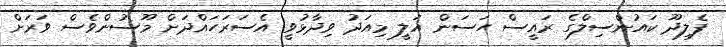
ފެލިދޫ ކައުންސިލްގެ ރައީސް ހަސަން އަލީ މިއަދު ވިދާޅުވީ އެސަރަހައްދަށް މޫސުންވެސް ވަރަށް